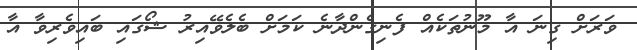
ވަރަށް ގިނަ އާ މޫނުތަކެއް ފެނިގެންދާނެ ކަމަށް ބެލެވޭއިރު ޝޯގައި ބައިވެރިވާ އާ